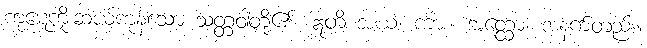
ကုဋေကိုးဆယ်ကုန်သော သတ္တဝါတို့၏။ ဣတိ အယံ၊ ကား။ အတ္ထော၊ အနက်တည်း။